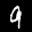
Label: 9